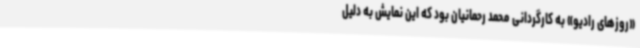
«روزهای رادیو» به کارگردانی محمد رحمانیان بود که این نمایش به دلیل